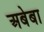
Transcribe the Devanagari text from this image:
अबेबा